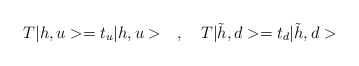
\begin{align*}T|h,u> = t_u|h,u> \quad , \quad T|\tilde h,d> = t_d|\tilde h,d>\end{align*}